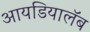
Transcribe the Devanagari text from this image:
आयडियालॅब